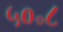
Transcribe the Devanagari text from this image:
५०॰८